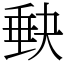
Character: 𡙇